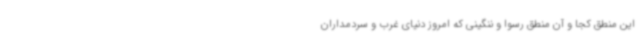
این منطق کجا و آن منطق رسوا و ننگینی که امروز دنیای غرب و سردمداران